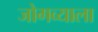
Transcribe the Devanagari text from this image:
जोगव्याला